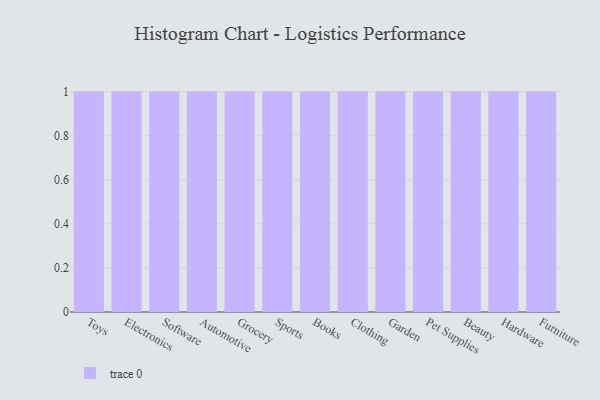
{"axis": {"x": "Category", "y": "Tickets Resolved"}, "legend": [""], "data": [{"x": "Toys", "y": 94, "type": ""}, {"x": "Electronics", "y": 27, "type": ""}, {"x": "Software", "y": 96, "type": ""}, {"x": "Automotive", "y": 12, "type": ""}, {"x": "Grocery", "y": 82, "type": ""}, {"x": "Sports", "y": 93, "type": ""}, {"x": "Books", "y": 76, "type": ""}, {"x": "Clothing", "y": 100, "type": ""}, {"x": "Garden", "y": 25, "type": ""}, {"x": "Pet Supplies", "y": 81, "type": ""}, {"x": "Beauty", "y": 28, "type": ""}, {"x": "Hardware", "y": 66, "type": ""}, {"x": "Furniture", "y": 18, "type": ""}]}